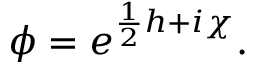
\phi = e ^ { \frac { 1 } { 2 } h + i \chi } .